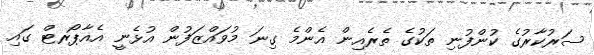
ސަރުކާރުގެ ކުންފުނި ތަކުގެ ތެރެއިން އެންމެ ގިނަ މުވައްޒަފުން އުޅެނީ އެއާޕޯރޓް ގައި